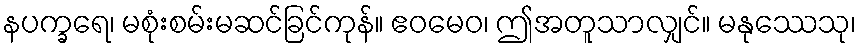
နပက္ခရေ၊ မစုံးစမ်းမဆင်ခြင်ကုန်။ ဧဝမေဝ၊ ဤအတူသာလျှင်။ မနုဿေသု၊